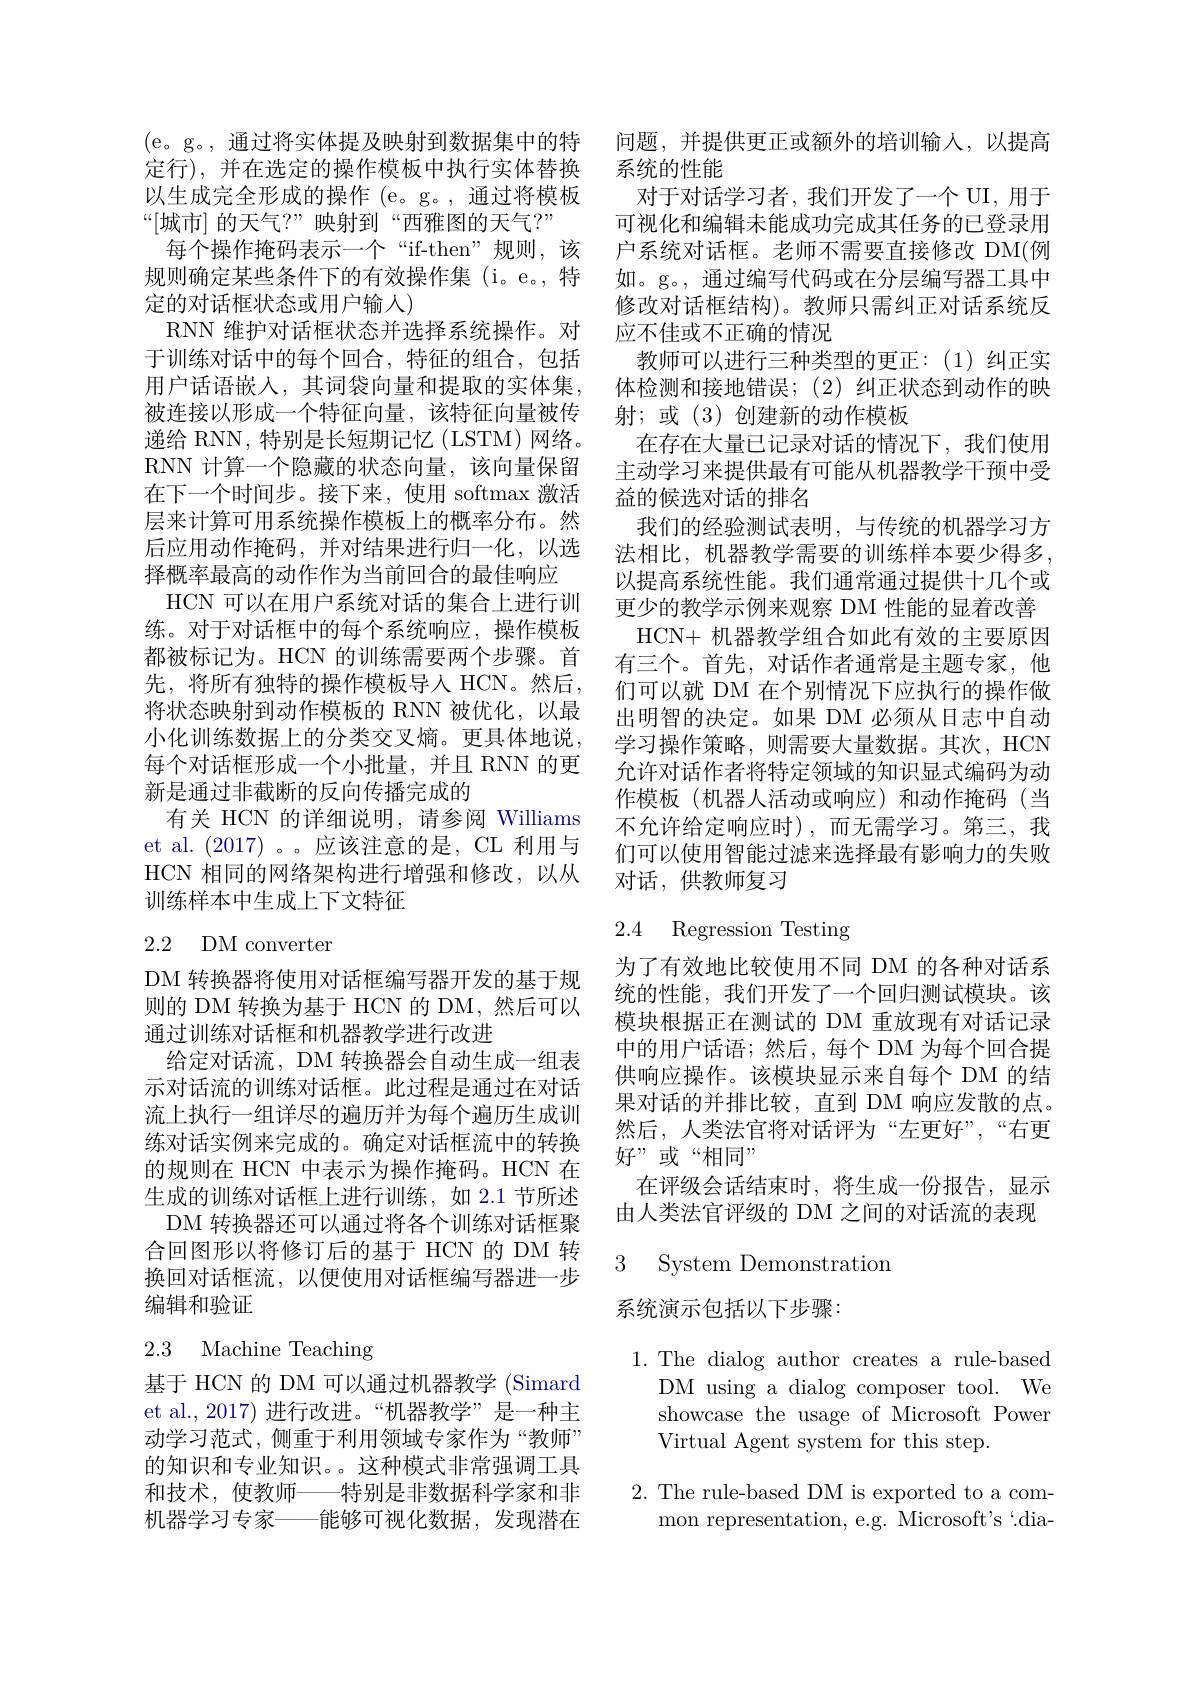
“[城市]的天气？”映射到“西雅图的天气？”
每个操作掩码表示一个“if-then”规则，该规则确定某些条件下的有效操作集(i。e。,特定的对话框状态或用户输人)
RNN 维护对话框状态并选择系统操作。对于训练对话中的每个回合，特征的组合，包括用户话语嵌入，其词袋向量和提取的实体集。被连接以形成一个特征向量，该特征向量被传递给 RNN, 特别是长短期记忆(LSTM)网络。RNN 计算一个隐藏的状态向量，该向量保留在下一个时间步。接下来，使用 softmax 激活层来计算可用系统操作模板上的概率分布。然后应用动作掩码，并对结果进行归一化，以选择概率最高的动作作为当前回合的最佳响应
HCN 可以在用户系统对话的集合上进行训练。对于对话框中的每个系统响应，操作模板都被标记为。HCN 的训练需要两个步骤。首先，将所有独特的操作模板导人 HCN。然后， 将状态映射到动作模板的 RNN 被优化，以最小化训练数据上的分类交叉熵。更具体地说， 每个对话框形成一个小批量，并且 RNN 的更新是通过非截断的反向传播完成的
有关 HCN 的详细说明，请参阅 Williams et al. (2017) 。。应该注意的是，CL 利用与HCN 相同的网络架构进行增强和修改，以从训练样本中生成上下文特征
2.2 DM converter

DM 转换器将使用对话框编写器开发的基于规则的 DM 转换为基于 HCN 的 DM,然后可以通过训练对话框和机器教学进行改进
给定对话流，DM 转换器会自动生成一组表示对话流的训练对话框。此过程是通过在对话流上执行一组详尽的遍历并为每个遍历生成训练对话实例来完成的。确定对话框流中的转换的规则在 HCN 中表示为操作掩码。HCN 在生成的训练对话框上进行训练，如 2.1 节所述
DM 转换器还可以通过将各个训练对话框聚合回图形以将修订后的基于 HCN 的 DM 转换回对话框流，以便使用对话框编写器进一步编辑和验证

# 2.3 Machine Teaching

基于 HCN 的 DM 可以通过机器教学 (Simard et al.,2017) 进行改进。“机器教学”是一种主动学习范式，侧重于利用领域专家作为“教师” 的知识和专业知识。。这种模式非常强调工具和技术，使教师——特别是非数据科学家和非机器学习专家——能够可视化数据，发现潜在

(e。g。,通过将实体提及映射到数据集中的特 问题，并提供更正或额外的培训输人，以提高
定行), 并在选定的操作模板中执行实体替换 系统的性能
以生成完全形成的操作 (e。g。, 通过将模板 对于对话学习者，我们开发了一个 UI, 用于
可视化和编辑未能成功完成其任务的已登录用户系统对话框。老师不需要直接修改 DM(例如。g。, 通过编写代码或在分层编写器工具中修改对话框结构)。教师只需纠正对话系统反应不佳或不正确的情况
教师可以进行三种类型的更正：(1)纠正实体检测和接地错误；(2) 纠正状态到动作的映射；或(3)创建新的动作模板
在存在大量已记录对话的情况下，我们使用主动学习来提供最有可能从机器教学干预中受益的候选对话的排名
我们的经验测试表明，与传统的机器学习方法相比，机器教学需要的训练样本要少得多， 以提高系统性能。我们通常通过提供十几个或更少的教学示例来观察 DM 性能的显着改善
HCN+ 机器教学组合如此有效的主要原因有三个。首先，对话作者通常是主题专家，他们可以就 DM 在个别情况下应执行的操作做出明智的决定。如果 DM 必须从日志中自动学习操作策略，则需要大量数据。其次，HCN 允许对话作者将特定领域的知识显式编码为动作模板(机器人活动或响应)和动作掩码(当不允许给定响应时),而无需学习。第三，我们可以使用智能过滤来选择最有影响力的失败对话，供教师复习

# 2.4 Regression Testing

为了有效地比较使用不同 DM 的各种对话系统的性能，我们开发了一个回归测试模块。该模块根据正在测试的 DM 重放现有对话记录中的用户话语；然后，每个 DM 为每个回合提供响应操作。该模块显示来自每个 DM 的结果对话的并排比较，直到 DM 响应发散的点。然后，人类法官将对话评为“左更好”,“右更好”或“相同”
在评级会话结束时，将生成一份报告，显示由人类法官评级的 DM 之间的对话流的表现

3 Svstem Demonstratior

系统演示包括以下步骤：

1.The dialog author creates a rule-based
DM using a dialog composer tool. We showcase the usage of Microsoft Power Virtual Agent system for this step.

2. The rule-based DM is exported to a com-
mon representation, e.g. Microsoft's‘dia-